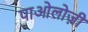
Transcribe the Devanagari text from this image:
पाओलोज़ी